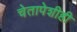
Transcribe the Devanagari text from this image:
चेतापेशीही